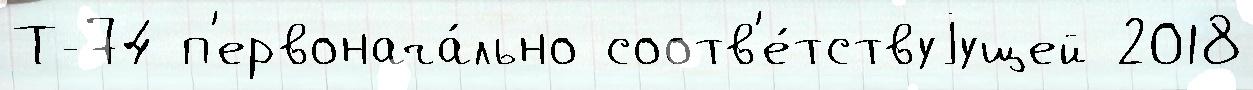
Т-74 п'ервонача́льно соотв'е́тствуjущей 2018